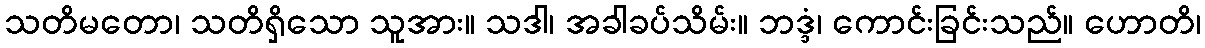
သတိမတော၊ သတိရှိသော သူအား။ သဒါ၊ အခါခပ်သိမ်း။ ဘဒ္ဒံ၊ ကောင်းခြင်းသည်။ ဟောတိ၊